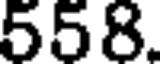
558.